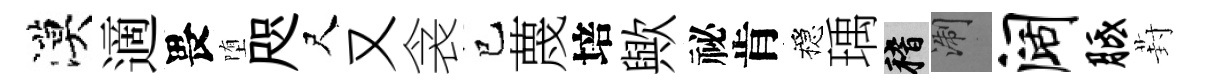
漠適畏堕咫尺又衾巳蔑培歟祕肯穩瑀稽浙阔胝葑